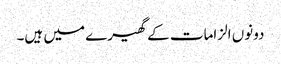
دونوں الزامات کے گھیرے میں ہیں۔